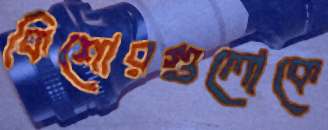
কিশোরগুলোকে